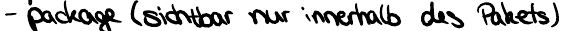
- package (sichtbar nur innerhalb des Pakets)